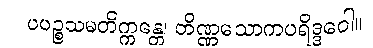
ပပဉ္စသမတိက္ကန္တေ၊ တိဏ္ဏသောကပရိဒ္ဒဝေါ။